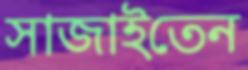
সাজাইতেন